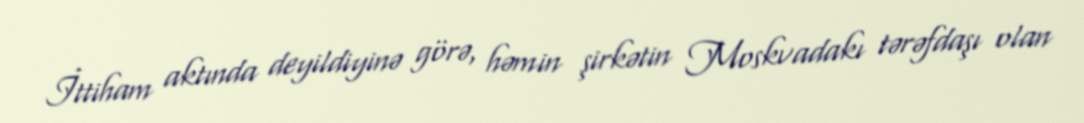
İttiham aktında deyildiyinə görə, həmin şirkətin Moskvadakı tərəfdaşı olan